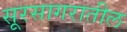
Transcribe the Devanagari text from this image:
सूरसागरातील